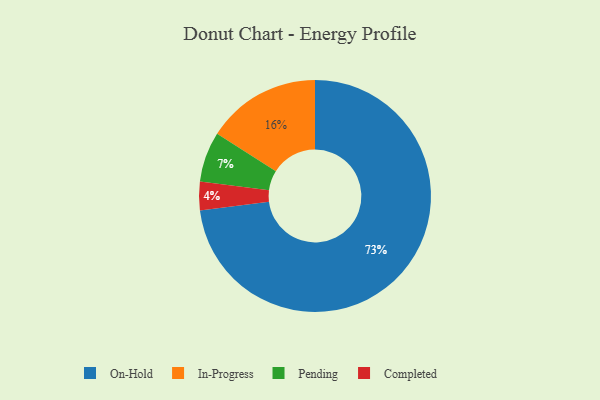
{"axis": {"x": "Category", "y": "Percentage"}, "legend": ["Completed", "In-Progress", "On-Hold", "Pending"], "data": [{"x": "Completed", "y": 4, "type": "Completed"}, {"x": "Pending", "y": 7, "type": "Pending"}, {"x": "In-Progress", "y": 16, "type": "In-Progress"}, {"x": "On-Hold", "y": 73, "type": "On-Hold"}]}